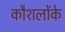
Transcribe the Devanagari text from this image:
कौशलोंके